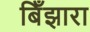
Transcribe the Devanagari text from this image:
बिँझारा